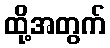
ထို့အတွက်